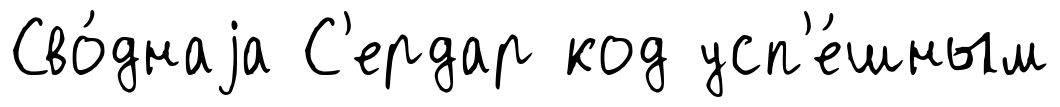
Сво́днаjа С'ердар код усп'е́шным